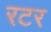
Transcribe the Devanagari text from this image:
रटर